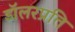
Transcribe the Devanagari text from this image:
डॉलरप्रति